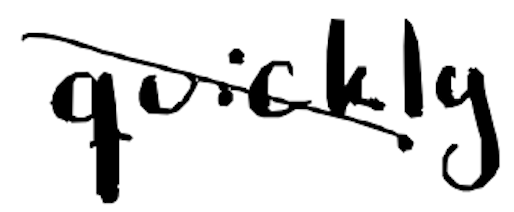
Text: quickly
Cross-out: diagonal
Writing tool: digital_black